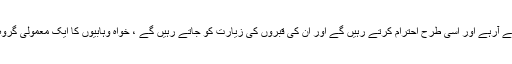
جہان کے تمام مسلمان بھی اپنے بزرگوں کی قبروں کا احترام کرتے چلے آرہے اور اسی طرح احترام کرتے رہیں گے اور ان کی قبروں کی زیارت کو جاتے رہیں گے ، خواہ وہابیوں کا ایک معمولی گروہ مخالفت کرتا رہے اگرچہ وہ حقیقی مسلمان ہونے کا دعویٰ کرتے ہیں ۔